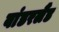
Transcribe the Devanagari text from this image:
वांडरलैंड